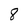
Character: 8